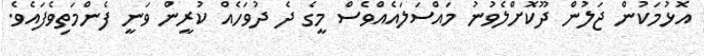
އޮޅުމަކުން ޖަލުން ދޫކޮށްލެވުނު މައްސަލައެއްވެސް މީގެ ދެ ދުވަހެއް ކުރީން ވަނީ ފެންމަތިވެފައެވެ.